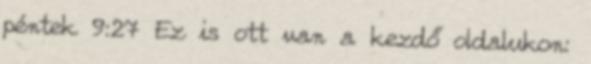
péntek 9:27 Ez is ott van a kezdő oldalukon: